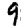
Digit: 9